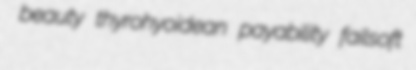
beauty thyrohyoidean payability failsoft